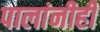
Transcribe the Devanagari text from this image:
पालांनीही